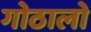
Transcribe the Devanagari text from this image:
गोठालो